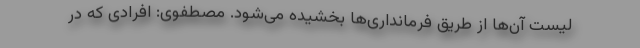
لیست آن‌ها از طریق فرمانداری‌ها بخشیده می‌شود. مصطفوی: افرادی که در